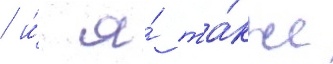
/ и́ я́ та́кже